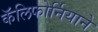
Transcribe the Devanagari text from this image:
कॅलिफोर्नियाने